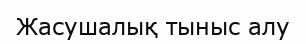
Жасушалық тыныс алу